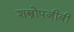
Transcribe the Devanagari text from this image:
शस्त्रोपजीवी